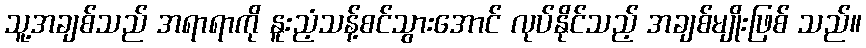
သူ့အချစ်သည် အရာရာကို နူးညံ့သန့်စင်သွားအောင် လုပ်နိုင်သည့် အချစ်မျိုးဖြစ် သည်။